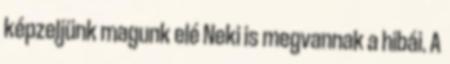
képzeljünk magunk elé Neki is megvannak a hibái. A